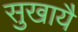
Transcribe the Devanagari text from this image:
सुखायै